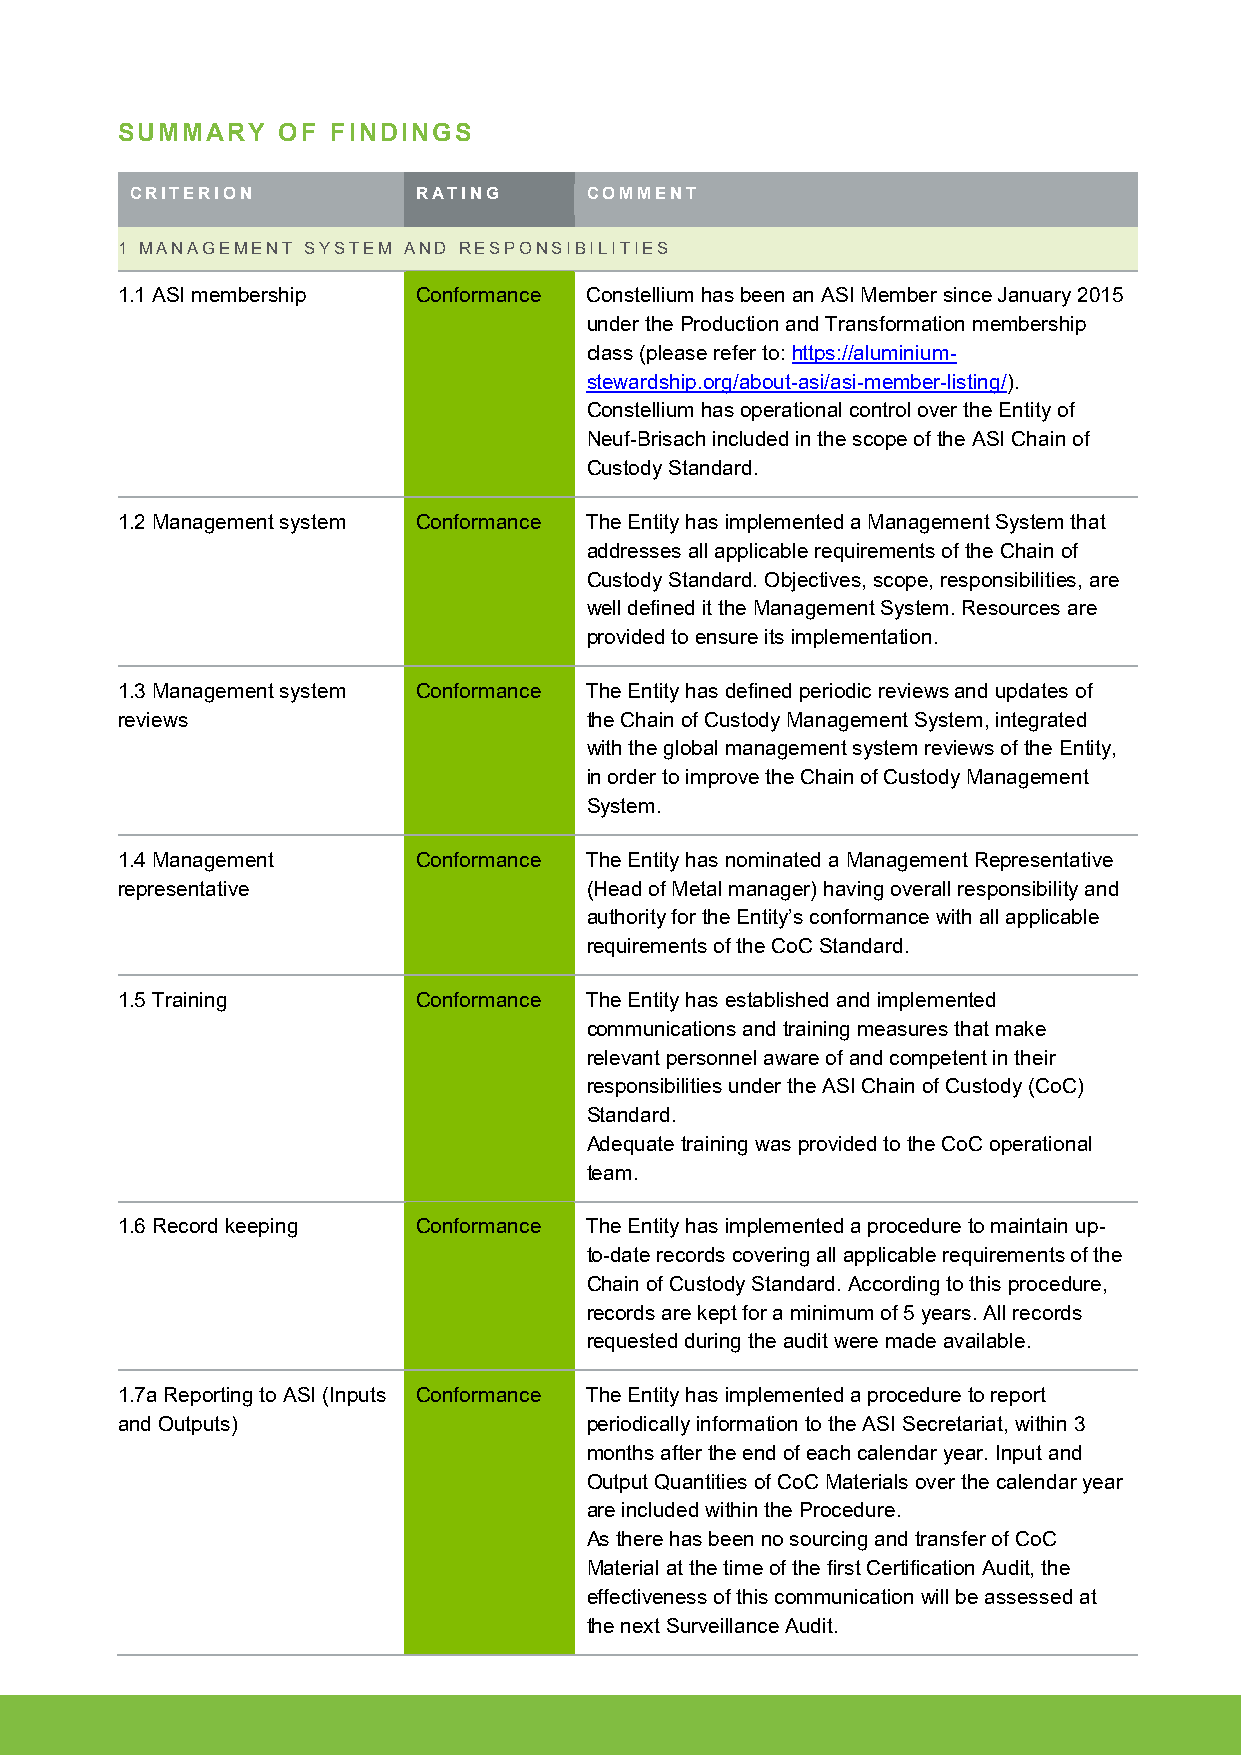
SUMMARY   OF  FINDINGS
 CRITERION          RATING     COMMENT
 1 MANAGEMENT SYSTEM AND RESPONSIBILITIES
 1.1 ASI membership  Conformance Constellium has been an ASI Member since January 2015
 under the Production and Transformation membership
 class (please refer to: https://aluminium-
 stewardship.org/about-asi/asi-member-listing/).
 Constellium has operational control over the Entity of
 Neuf-Brisach included in the scope of the ASI Chain of
 Custody Standard.
 1.2 Management system Conformance The Entity has implemented a Management System that
 addresses all applicable requirements of the Chain of
 Custody Standard. Objectives, scope, responsibilities, are
 well defined it the Management System. Resources are
 provided to ensure its implementation.
 1.3 Management system Conformance The Entity has defined periodic reviews and updates of
 reviews                        the Chain of Custody Management System, integrated
 with the global management system reviews of the Entity,
 in order to improve the Chain of Custody Management
 System.
 1.4 Management      Conformance The Entity has nominated a Management Representative
 representative                 (Head of Metal manager) having overall responsibility and
 authority for the Entity’s conformance with all applicable
 requirements of the CoC Standard.
 1.5 Training        Conformance The Entity has established and implemented
 communications and training measures that make
 relevant personnel aware of and competent in their
 responsibilities under the ASI Chain of Custody (CoC)
 Standard.
 Adequate training was provided to the CoC operational
 team.
 1.6 Record keeping  Conformance The Entity has implemented a procedure to maintain up-
 to-date records covering all applicable requirements of the
 Chain of Custody Standard. According to this procedure,
 records are kept for a minimum of 5 years. All records
 requested during the audit were made available.
 1.7a Reporting to ASI (Inputs Conformance The Entity has implemented a procedure to report
 and Outputs)                   periodically information to the ASI Secretariat, within 3
 months after the end of each calendar year. Input and
 Output Quantities of CoC Materials over the calendar year
 are included within the Procedure.
 As there has been no sourcing and transfer of CoC
 Material at the time of the first Certification Audit, the
 effectiveness of this communication will be assessed at
 the next Surveillance Audit.